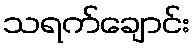
သရက်ချောင်း